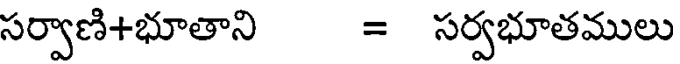
సర్వాణి+భూతాని = సర్వభూతములు